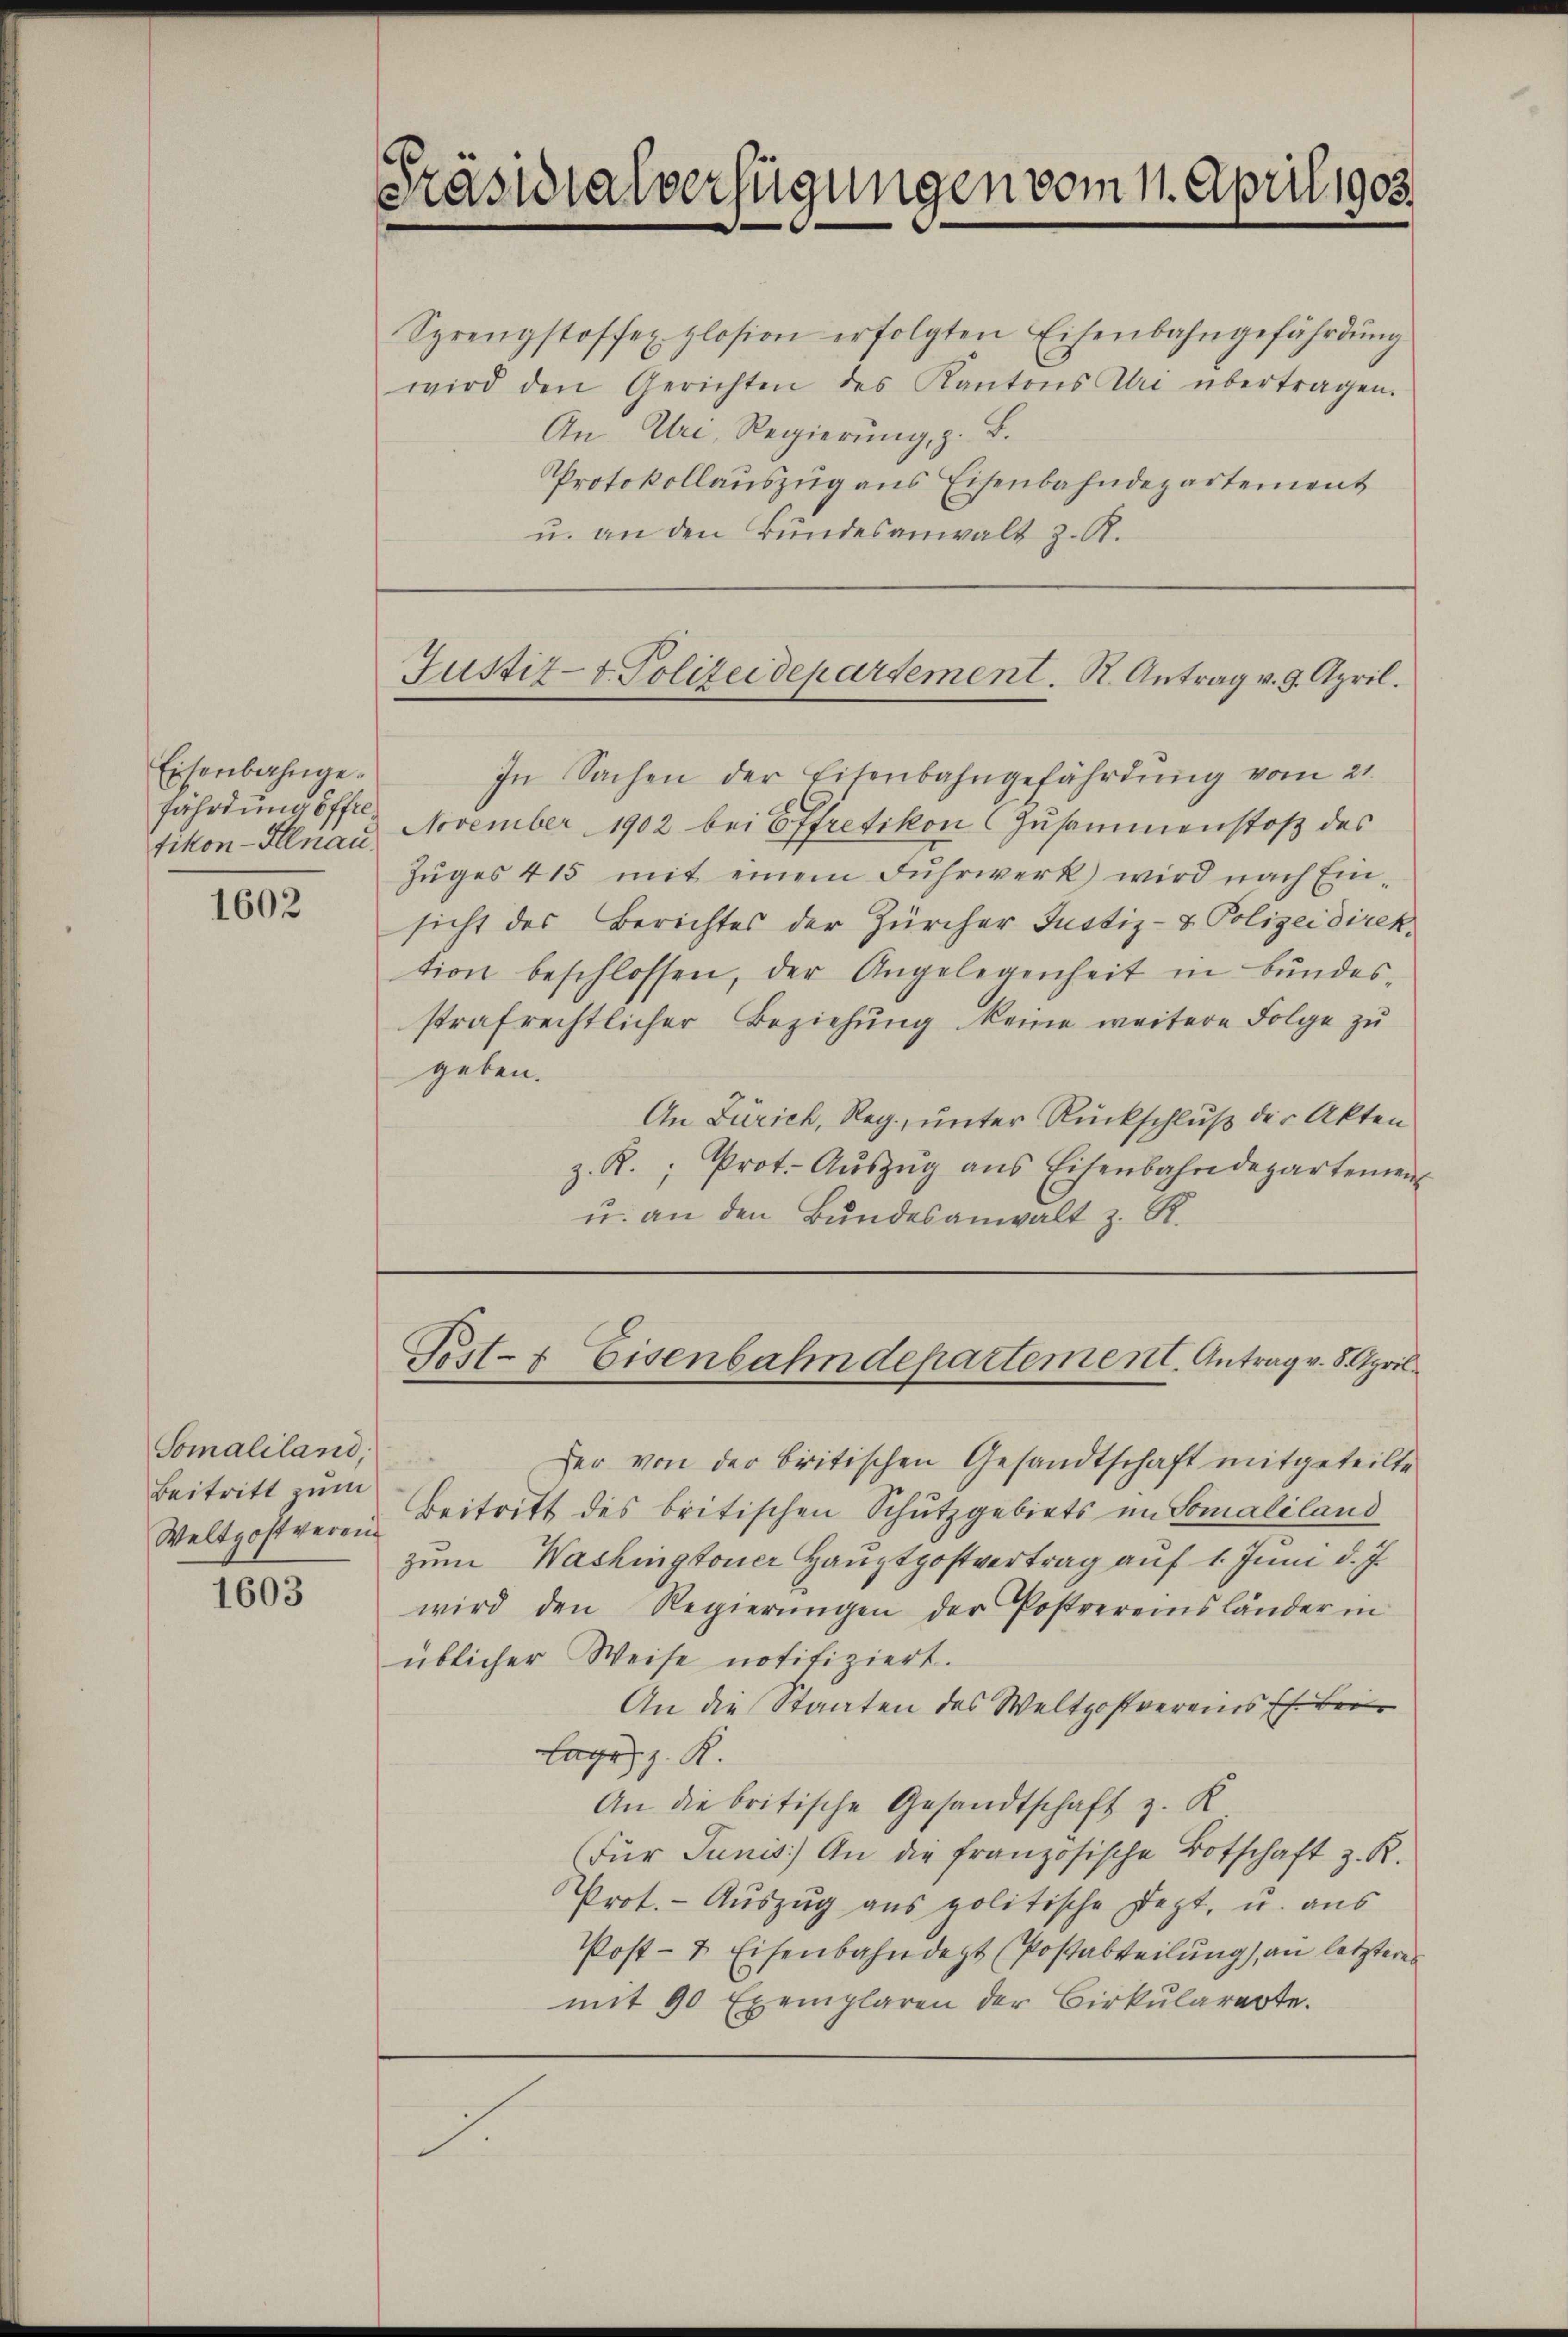
Eisenbahngefährdung öffel
tikon-Illnau.

1602

Somaliland,
Beitritt zum
Weltpostverein

1603

Präsidialverfügungen vom 11. April 1903

Sprengstoffel plosion erfolgten Eisenbahngefährdŭng
wird den Gerichten des Kantons Uri übertragen.
An Uri, Regierung, z. B.
Protokollauszug aus Eisenbahndepartement
u. an den Bundesanwalt z. B.

Justiz- t. Polizeidepartement. K. Antrag v. 9. April.

In Sachen der Eisenbahngefährdŭng vom 21.
November 1902 bei Effretikon (Zusammenstoß des
Zŭges 415 mit einem Fŭhrwerk wird nach Ein-
sicht des Berichtes der Zürcher Justiz- & Polizeidirek
tion beschlossen, der Angelegenheit in Bŭndes-
strafrechtlicher Beziehung keine weitere Folge zu
geben.
An Zürich, Reg, unter Rückschluß der Akten
z. R. Prot. Aŭszŭg ans Eisenbahndepartement
u. an den Bundesanwalt z. R.
Post- & Eisenbahndepartement. Antrag v. 5. April
her von der britischen Gesandtschaft mitgeteilte
Beitritt des britischen Schutzgebiets im Somaliland
zum Washingtoner Hauptpostvertrag auf 1. Juni d. J.
wird den Regierŭngen der Postvereinsländer in
üblicher Weise notifiziert.
An die Staaten des Weltpostverains (s. Bei
Lage, z. R.
An die britische Gesandtschaft z. K
Für Junis. An die französische Botschaft z. R.
Prot. - Auszug aus politische jezt, u. aus
Post- & Eisenbahndet (Postabteilung, an letzteres
mit 90 Exemplaren der Cirkŭlarerte.

I.